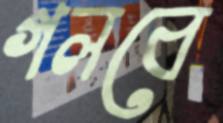
গলবে